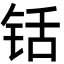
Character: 铦